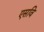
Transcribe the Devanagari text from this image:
एसवि